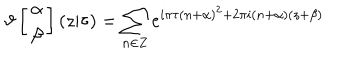
\vartheta \left[ \begin{array} { c } { { \alpha } } \\ { { \beta } } \\ \end{array} \right] ( z | \tau ) = \sum _ { n \in { \bf Z } } e ^ { i \pi \tau ( n + \alpha ) ^ { 2 } + 2 \pi i ( n + \alpha ) ( z + \beta ) }